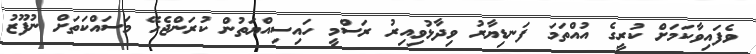
ވެފައިވާކަމަށް ކުރީގެ އުއްތަމަ ފަނޑިޔާރު ވިދާޅުވިއިރު ރަސްމީ ހައިސިއްޔަތުން ކުރަންޖެހޭ މަސައްކަތަށް ނުފޫޒު